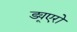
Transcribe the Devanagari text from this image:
ड्यूएरो